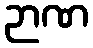
ဉာဏ